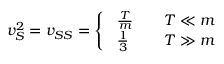
v _ { S } ^ { 2 } = v _ { S S } = \left\{ \ \begin{array} { l l } { { \frac T m } } & { { \quad T \ll m } } \\ { { \frac 1 3 } } & { { \quad T \gg m } } \end{array} \right.